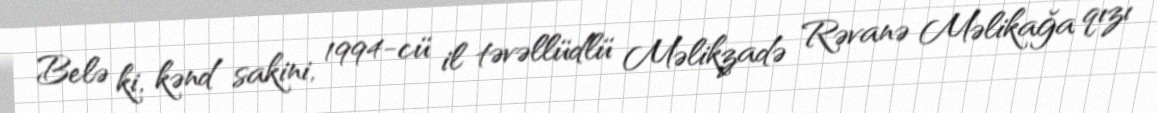
Belə ki, kənd sakini, 1994-cü il təvəllüdlü Məlikzadə Rəvanə Məlikağa qızı